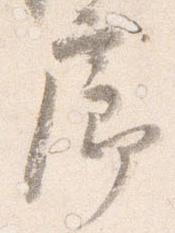
廊